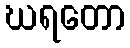
ဃရတော